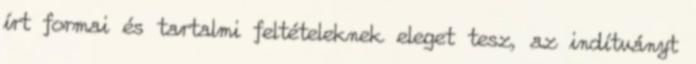
írt formai és tartalmi feltételeknek eleget tesz, az indítványt